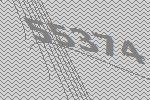
55374